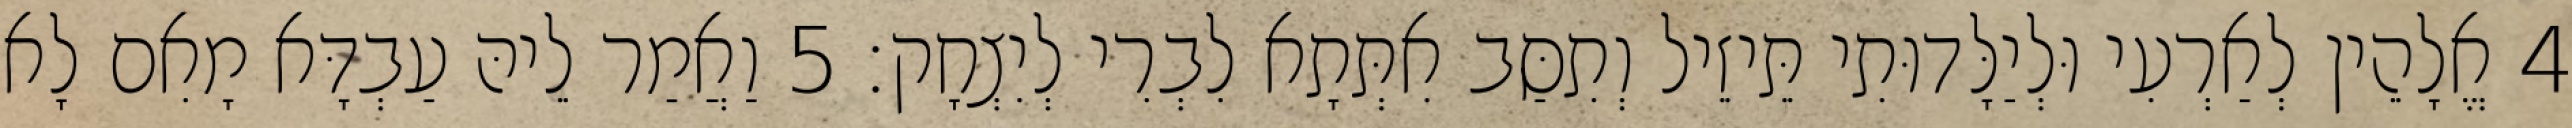
4 אֱלָהֵין לְאַרְעִי וּלְיַלָּדוּתִי תֵּיזֵיל וְתִסַּב אִתְּתָא לִבְרִי לְיִצְחָק׃ 5 וַאֲמַר לֵיהּ עַבְדָּא מָאִם לָא